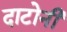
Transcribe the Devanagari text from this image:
दाटोनी